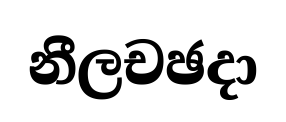
නීලචඡදා